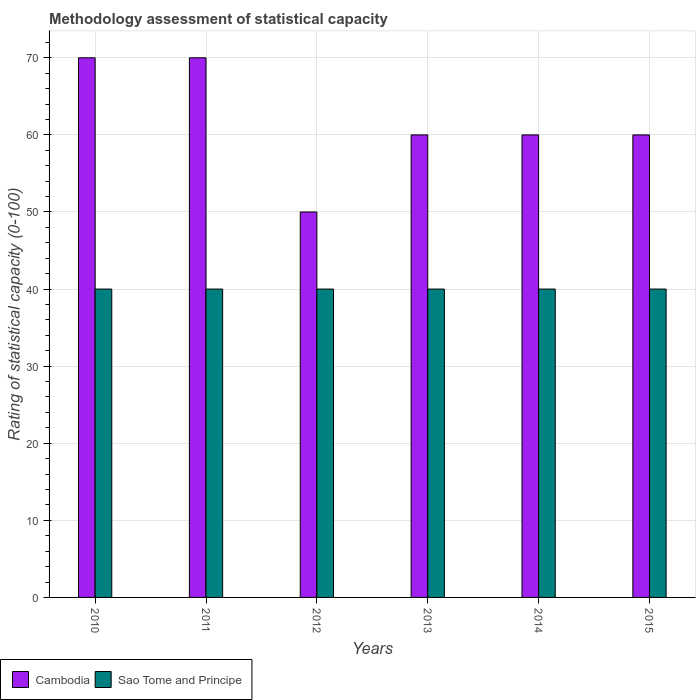
| Years | Cambodia | Sao Tome and Principe |
 | --- | --- | --- |
 | 2010 | 70 | 40 |
 | 2011 | 70 | 40 |
 | 2012 | 50 | 40 |
 | 2013 | 60 | 40 |
 | 2014 | 60 | 40 |
 | 2015 | 60 | 40 |